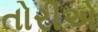
તોરીએ